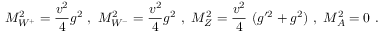
M _ { W ^ { + } } ^ { 2 } = { \frac { v ^ { 2 } } { 4 } } g ^ { 2 } ~ , ~ M _ { W ^ { - } } ^ { 2 } = { \frac { v ^ { 2 } } { 4 } } g ^ { 2 } ~ , ~ M _ { Z } ^ { 2 } = { \frac { v ^ { 2 } } { 4 } } ~ ( g ^ { \prime 2 } + g ^ { 2 } ) ~ , ~ M _ { A } ^ { 2 } = 0 \ .